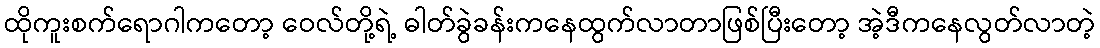
ထိုကူးစက်ရောဂါကတော့ ဝေလ်တို့ရဲ့ ဓါတ်ခွဲခန်းကနေထွက်လာတာဖြစ်ပြီးတော့ အဲ့ဒီကနေလွတ်လာတဲ့